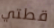
قطتي